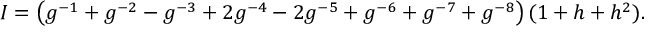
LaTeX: I = \left( g ^ { - 1 } + g ^ { - 2 } - g ^ { - 3 } + 2 g ^ { - 4 } - 2 g ^ { - 5 } + g ^ { - 6 } + g ^ { - 7 } + g ^ { - 8 } \right) ( 1 + h + h ^ { 2 } ) .